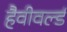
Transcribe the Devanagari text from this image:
हैवीवर्ल्ड